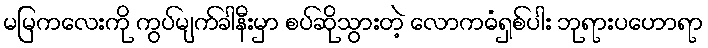
မမြကလေးကို ကွပ်မျက်ခါနီးမှာ စပ်ဆိုသွားတဲ့ လောကဓံရှစ်ပါး ဘုရားပဟောရာ